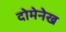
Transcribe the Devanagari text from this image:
दोमेनेख